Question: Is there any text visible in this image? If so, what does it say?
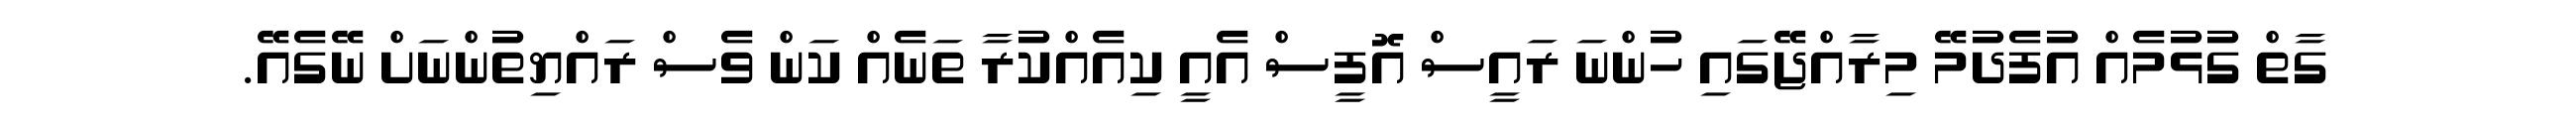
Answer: ގާތް ގުޅުމެއް އުފެދުމޭ މިރާއްޖޭގައި ހުންނަ ރައީސް އޮފީސް އެއީ ކިއެއްކުރާ ތަނެއް ކަން ވެސް ރައްޔިތުންނަށް ނޭގެއޭ.